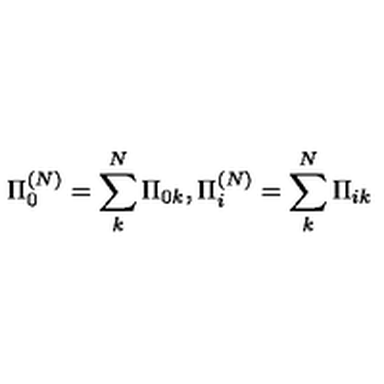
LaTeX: \Pi _ { 0 } ^ { ( N ) } = \sum _ { k } ^ { N } \Pi _ { 0 k } , \Pi _ { i } ^ { ( N ) } = \sum _ { k } ^ { N } \Pi _ { i k }